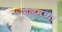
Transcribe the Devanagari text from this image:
गॅलनच्या